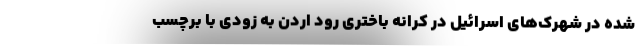
شده در شهرک‌های اسرائیل در کرانه باختری رود اردن به زودی با برچسب